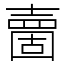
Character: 夁